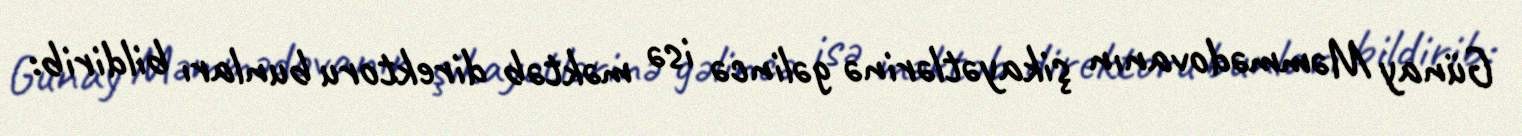
Günay Məmmədovanın şikayətlərinə gəlincə isə məktəb direktoru bunları bildirib: